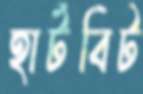
হার্টবিট